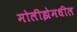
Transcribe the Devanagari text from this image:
मोलीझेमधील